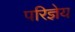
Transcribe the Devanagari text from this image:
परिज्ञेय